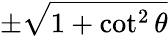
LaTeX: \pm{\sqrt{1+\cot^{2}\theta}}